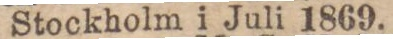
Stockholm i Juli 1869.